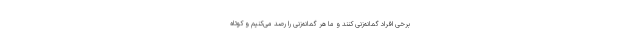
برخی افراد گمانه‌زنی کنند و ما هر گمانه‌زنی را رصد می‌کنیم و کوتاه